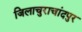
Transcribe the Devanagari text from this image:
जिलाचुराचांदपुर